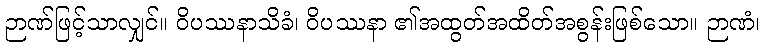
ဉာဏ်ဖြင့်သာလျှင်။ ဝိပဿနာသိခံ၊ ဝိပဿနာ ၏အထွတ်အထိတ်အစွန်းဖြစ်သော။ ဉာဏံ၊